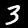
Label: 3